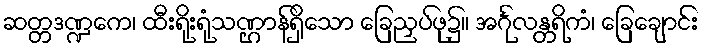
ဆတ္တဒဏ္ဍကေ၊ ထီးရိုးရုံသဏ္ဌာန်ရှိသော ခြေညှပ်ဖု၌။ အင်္ဂုလန္တရိကံ၊ ခြေချောင်း